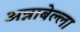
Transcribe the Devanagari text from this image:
अन्नाबेल्ला